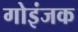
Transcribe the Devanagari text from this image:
गोइंजक